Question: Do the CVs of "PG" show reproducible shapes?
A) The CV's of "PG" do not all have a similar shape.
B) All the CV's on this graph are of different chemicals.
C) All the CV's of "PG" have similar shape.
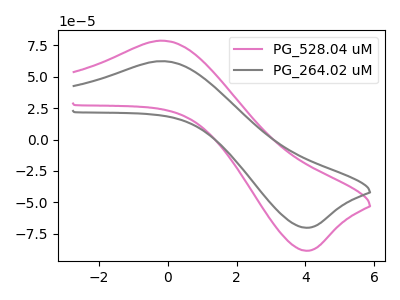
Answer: <think>The pink curve "PG_528.04 uM" has an anodic peak at (-0.20V, 78.70uA) and a cathodic peak at (4.00V, -88.50uA). The gray curve "PG_264.02 uM" has an anodic peak at (-0.20V, 62.40uA) and a cathodic peak at (4.00V, -70.20uA).
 All the peaks in "PG_528.04 uM" have a peak in "PG_264.02 uM" at the same potential. Every peak in "PG_528.04 uM" is higher than every peak in "PG_264.02 uM".</think>
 <answer>C) All the CV's of "PG" have similar shape.</answer>
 <eval>C</eval>